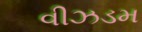
વીઝડમ